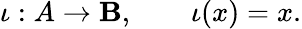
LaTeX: \iota:A\rightarrow\mathbf{B},\qquad\iota(x)=x.